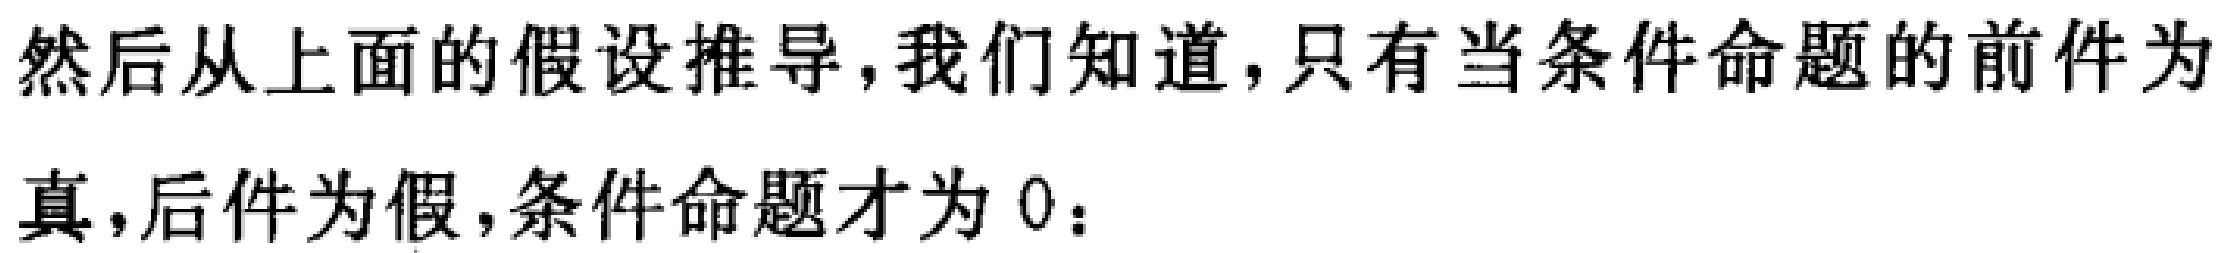
然后从上面的假设推导,我们知道,只有当条件命题的前件为真,后件为假,条件命题才为 0：